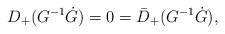
\begin{align*} D_+(G^{-1}\dot G) = 0 = \bar D_+(G^{-1}\dot G),\end{align*}